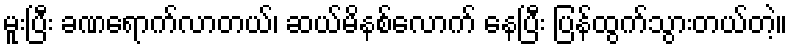
မူးပြီး ခဏရောက်လာတယ်၊ ဆယ်မိနစ်လောက် နေပြီး ပြန်ထွက်သွားတယ်တဲ့။